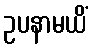
ဥပနာမယိံ